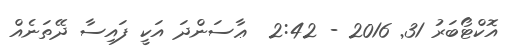
އޮކްޓޯބަރު 31